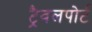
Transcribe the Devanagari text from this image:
ट्रैवलपोर्ट